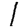
Digit: 1